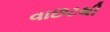
વાછટથી